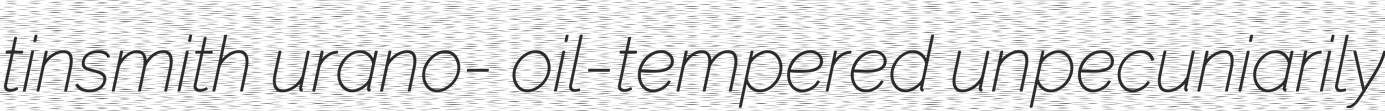
tinsmith urano- oil-tempered unpecuniarily